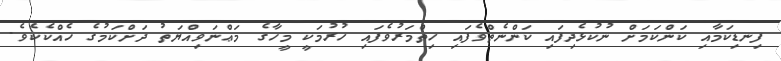
ފިނޑިކަމާއި ކަންކަމަށް ނުކުޅެދިފައި ކަންނެތްވެފައި ހިތްމަރުވެފައި ހުރުމަކީ މީހާގެ މަޢްނަވިއްޔަތު ދަށްކަމުގެ ހެއްކެކެވެ.